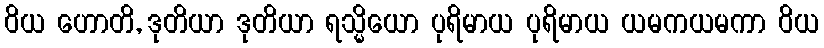
ဝိယ ဟောတိ, ဒုတိယာ ဒုတိယာ ရသ္မိယော ပုရိမာယ ပုရိမာယ ယမကယမကာ ဝိယ